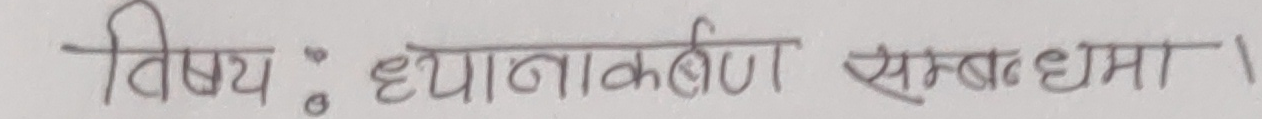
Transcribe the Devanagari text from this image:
विषयः ध्यानाकर्षण सम्बन्धमा।